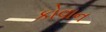
કોવાન